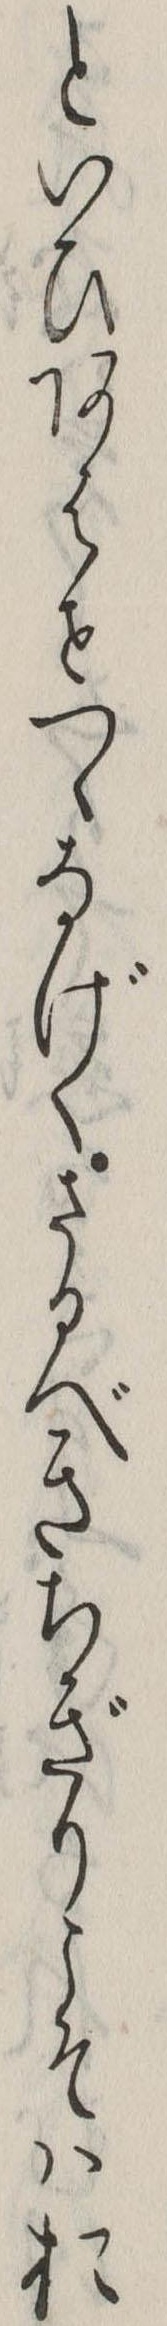
といひあはせつゝなげくさるべきちぎりこそはお